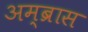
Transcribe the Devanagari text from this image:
अम्ब्रास